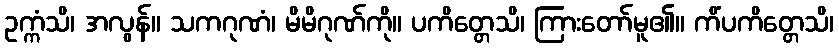
ဥက္ကံသိ၊ အလွန်။ သကဂုဏံ၊ မိမိဂုဏ်ကို။ ပကိတ္တေသိ၊ ကြားတော်မူ၏။ ကိံပကိတ္တေသိ၊